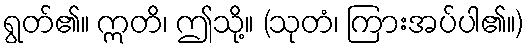
ရွတ်၏။ ဣတိ၊ ဤသို့။ (သုတံ၊ ကြားအပ်ပါ၏။)